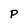
Character: P